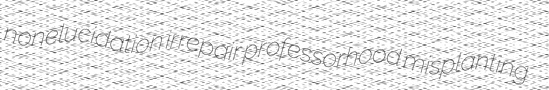
nonelucidation irrepair professorhood misplanting